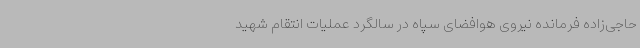
حاجی‌زاده فرمانده نیروی هوافضای سپاه در سالگرد عملیات انتقام شهید